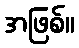
အဖြစ်။